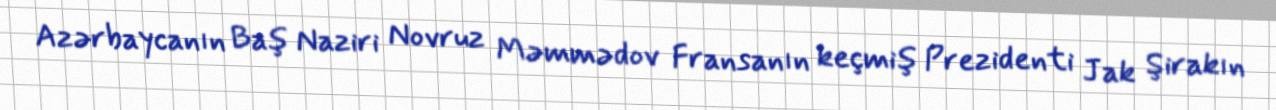
Azərbaycanın Baş Naziri Novruz Məmmədov Fransanın keçmiş Prezidenti Jak Şirakın